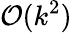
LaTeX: {\mathcal{O}}(k^{2})